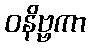
ဝနိဗ္ဗကာ